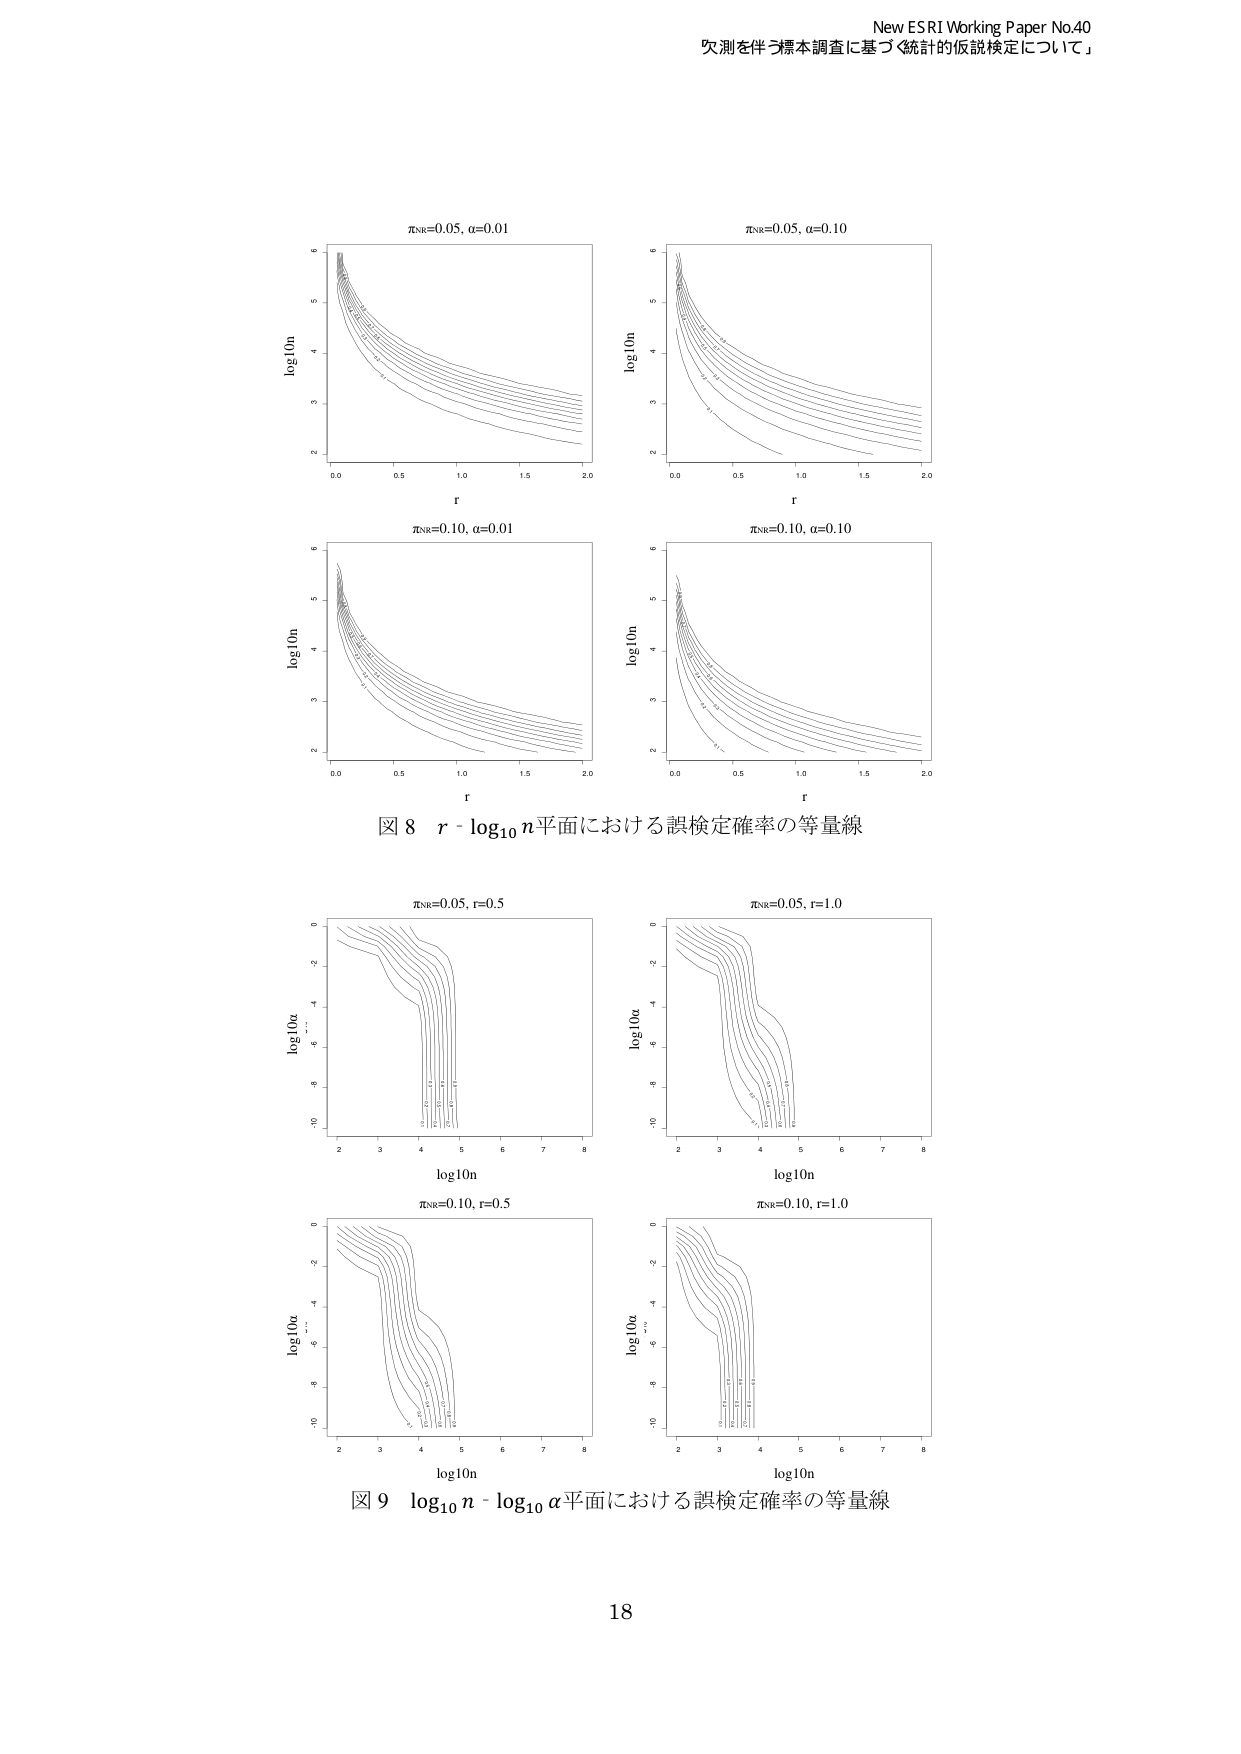
New ESRI Working Paper No.40
欠測を伴う標本調査に基づく「統計的仮説検定について」

πNR=0.05, α=0.01
log10n
r
0.0 0.5 1.0 1.5 2.0
2
3
4
5
6

πNR=0.05, α=0.10
log10n
r
0.0 0.5 1.0 1.5 2.0
2
3
4
5
6

πNR=0.10, α=0.01
log10n
r
0.0 0.5 1.0 1.5 2.0
2
3
4
5
6

πNR=0.10, α=0.10
log10n
r
0.0 0.5 1.0 1.5 2.0
2
3
4
5
6

図8 r - log10 n平面における誤検定確率の等量線

πNR=0.05, r=0.5
log10α
log10n
2 3 4 5 6 7 8
-10
-8
-6
-4
-2
0

πNR=0.05, r=1.0
log10α
log10n
2 3 4 5 6 7 8
-10
-8
-6
-4
-2
0

πNR=0.10, r=0.5
log10α
log10n
2 3 4 5 6 7 8
-10
-8
-6
-4
-2
0

πNR=0.10, r=1.0
log10α
log10n
2 3 4 5 6 7 8
-10
-8
-6
-4
-2
0

図9 log10 n - log10 α平面における誤検定確率の等量線

18